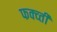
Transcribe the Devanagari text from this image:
फक्व्ती